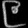
Digit: ၉